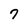
Character: 7